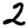
Digit: 2